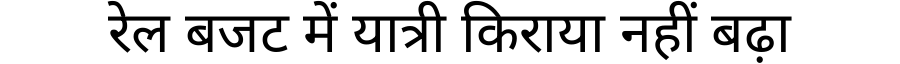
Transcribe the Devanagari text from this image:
रेल बजट में यात्री किराया नहीं बढ़ा